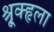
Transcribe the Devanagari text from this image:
श्रूृृक्हृला